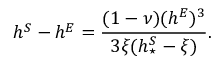
h ^ { S } - h ^ { E } = \displaystyle \frac { ( 1 - \nu ) ( h ^ { E } ) ^ { 3 } } { 3 \xi ( h _ { \star } ^ { S } - \xi ) } .